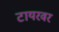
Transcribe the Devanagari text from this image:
टायरवर